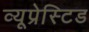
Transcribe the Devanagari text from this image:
व्यूप्रेस्टिड